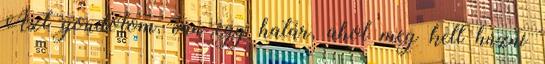
Azt gondolom, van egy határ, ahol meg kell húzni